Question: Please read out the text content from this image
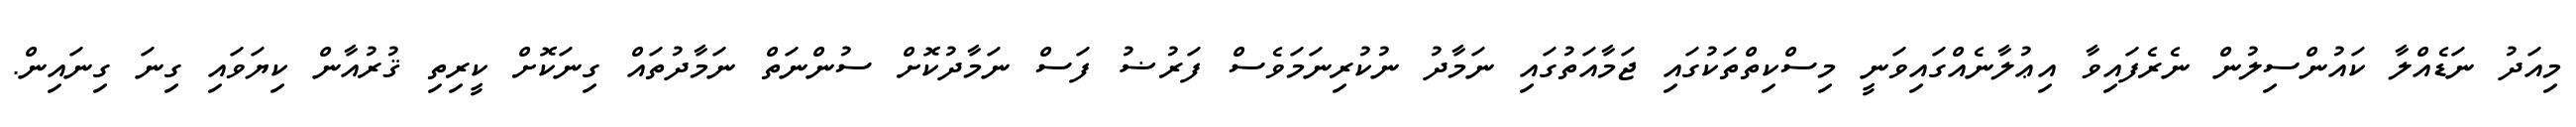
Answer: މިއަދު ނަޑެއްލާ ކައުންސިލުން ނެރެފައިވާ އިޢުލާނެއްގައިވަނީ މިސްކިތްތަކުގައި ޖަމާއަތުގައި ނަމާދު ނުކުރިނަމަވެސް ފަރުޟު ފަސް ނަމާދުކޮށް ސުންނަތް ނަމާދުތައް ގިނަކޮށް ކީރިތި ޤުރުއާން ކިޔަވައި ގިނަ ގިނައިން.